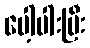
ပေါ့ပါးပြီး